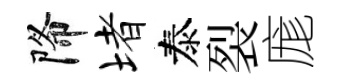
降堵泰裂庬